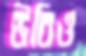
উবিও